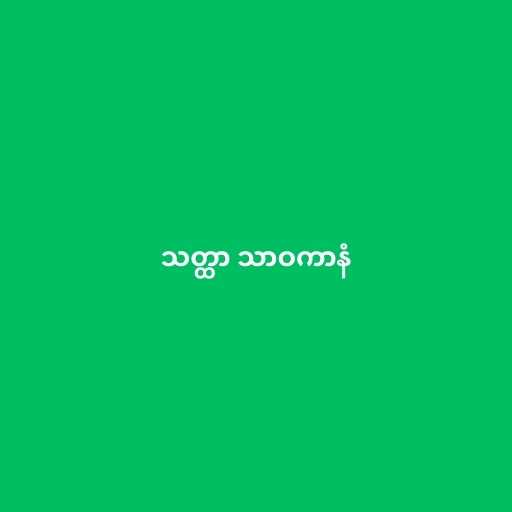
သတ္ထာ သာဝကာနံ